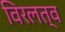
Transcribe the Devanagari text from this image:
विरलत्व